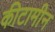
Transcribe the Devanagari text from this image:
कीटामीन